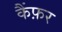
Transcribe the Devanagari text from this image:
कैंफ़र